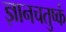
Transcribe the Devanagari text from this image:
ज्ञानचतुष्कं